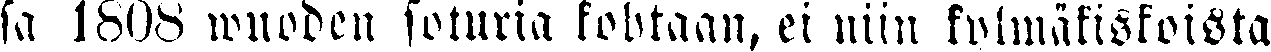
sa 1808 wuoden soturia kohtaan, ei niin kylmäkiskoista